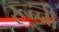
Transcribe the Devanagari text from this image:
रून्नी